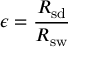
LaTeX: \epsilon = { \frac { R _ { \mathrm { s d } } } { R _ { \mathrm { s w } } } }